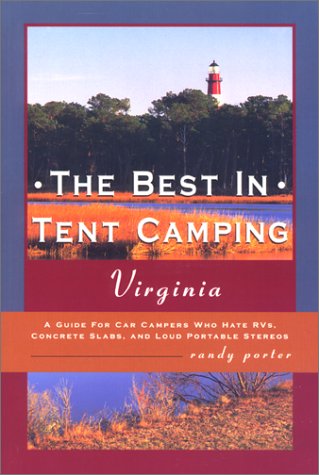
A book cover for The Best in Tent Camping: Virginia: A Guide to Campers Who Hate RVs, Concrete Slabs, and Loud Portable Stereos; Randy Porter; Travel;